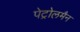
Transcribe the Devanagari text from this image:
पेट्रोलमैन